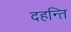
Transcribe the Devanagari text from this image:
दहन्ति